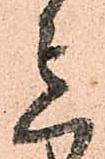
意